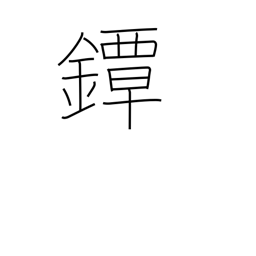
Meaning: sword guard